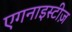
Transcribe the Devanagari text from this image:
एगनाइस्टीज़